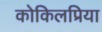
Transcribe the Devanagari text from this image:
कोकिलप्रिया